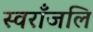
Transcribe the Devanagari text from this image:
स्वराँजलि